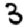
Digit: 3